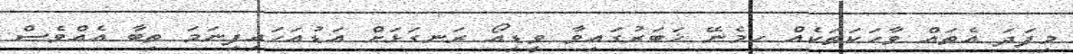
މިފަދަ އެތައް ވާހަކަތަކެއް ހިމެނޭ ޚަބަރުގައިވާ ވީޑިއޯ ރަނގަޅަށް އަޑުއަހައިފިނަމަ ތިބާ އެއްވެސް